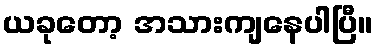
ယခုတော့ အသားကျနေပါပြီ။